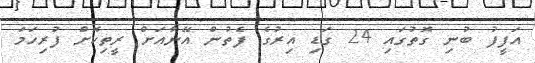
އަފީފު ބުނި ގޮތުގައި 24 ގަޑި އިރުގެ ފެތުން އޭނާއަށް ރީތިކޮށް ފުރިހަމަ